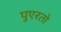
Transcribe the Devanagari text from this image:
पुएरतो